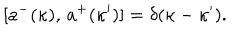
[ a ^ { - } ( \kappa ) , \, a ^ { + } ( \kappa ^ { \prime } ) ] = \delta ( \kappa - \kappa ^ { \prime } ) .